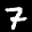
Label: 7